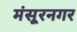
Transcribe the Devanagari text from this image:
मंसूरनगर